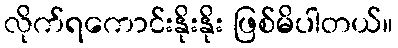
လိုက်ရကောင်းနိုးနိုး ဖြစ်မိပါတယ်။